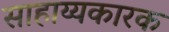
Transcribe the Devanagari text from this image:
साहाय्यकारक